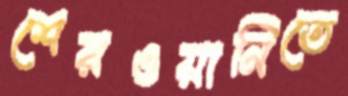
শেরওয়ানিতে